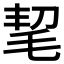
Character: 𣭭